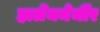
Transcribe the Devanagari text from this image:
हार्लेममेर्मीर